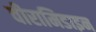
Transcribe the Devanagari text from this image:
वीरामिडाइन